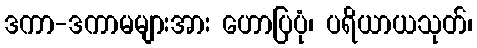
ဒကာ-ဒကာမများအား ဟောပြပုံ၊ ပရိယာယသုတ်၊